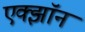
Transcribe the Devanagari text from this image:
एक्झॉन